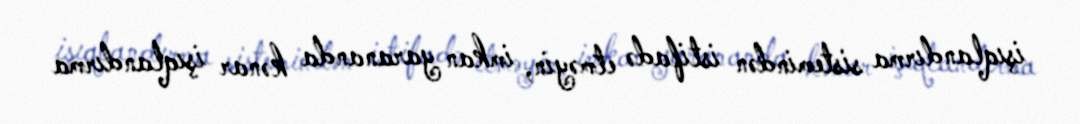
işıqlandırma sistemindən istifadə etməyin, imkan yarananda kənar işıqlandırma